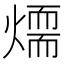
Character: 𤏙